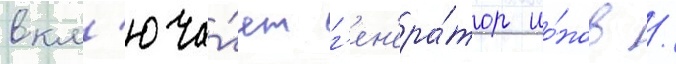
вкл'юча́ет г'ен'ера́тор ио́нов /